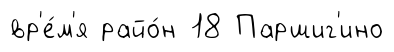
вр'е́м'я райо́н 18 Паршиг'ино